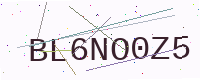
Text: BL6NO0Z5